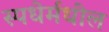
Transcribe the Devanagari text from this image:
स्पधेर्मधील